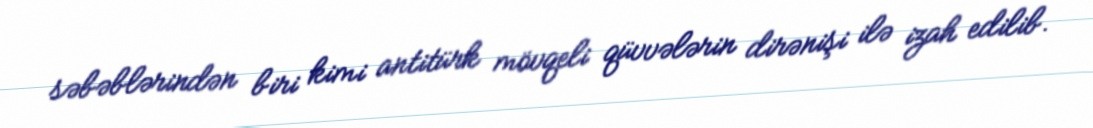
səbəblərindən biri kimi antitürk mövqeli qüvvələrin dirənişi ilə izah edilib.